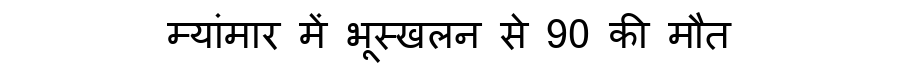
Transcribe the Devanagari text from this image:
म्यांमार में भूस्खलन से 90 की मौत